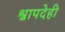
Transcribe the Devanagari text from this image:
श्वापदेही